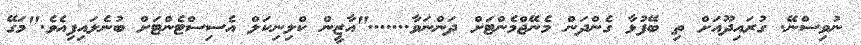
ނުވިސްނޭ. ގުރައިދޫއަށް ތި ބޭފުޅާ ގެންދަން މެނޭޖްމެންޓަށް ދަންނަވާ......."އާޒީން ކްލިނިކަލް އެސިސްޓެންޓަށް ބުނެލައިފިއެވެ."މަގޭ